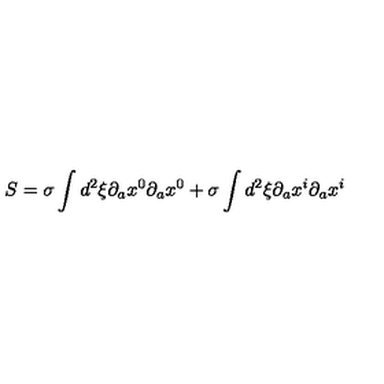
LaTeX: S = \sigma \int d ^ { 2 } \xi \partial _ { a } x ^ { 0 } \partial _ { a } x ^ { 0 } + \sigma \int d ^ { 2 } \xi \partial _ { a } x ^ { i } \partial _ { a } x ^ { i }